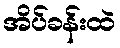
အိပ်ခန်းထဲ